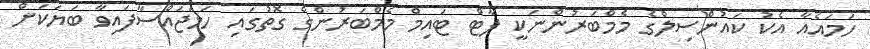
ހަމައެއާ އެކު ކައުންސިލްގެ މެމްބަރުންނަކީ ޕާޓް ޓައިމް މެމްބަރުންގެ ގޮތުގައި ހަމަޖައްސާފައިވާ ބަޔަކަށް